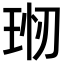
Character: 𤥊